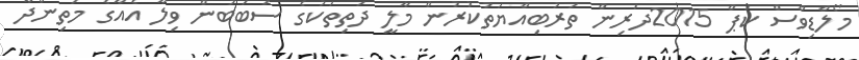
މޯލްޑިވްސް ކަޕް 2015ދަރިން ތަރުބިއްޔަތުކުރުން މާލީ ދަތިތަކުގެ ސަބަބުން ވިލާ އެއާގެ މަތިންދާ